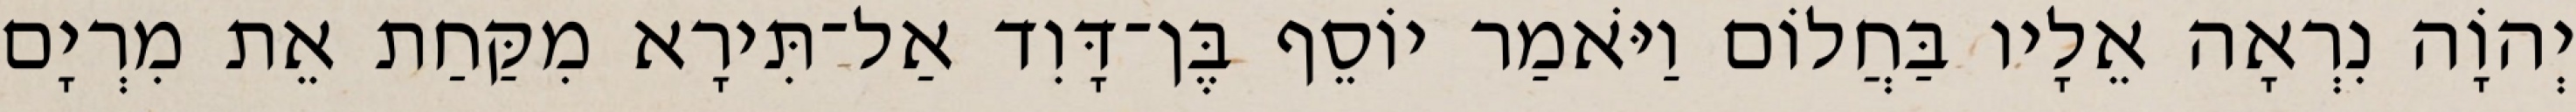
יְהוָֹה נִרְאָה אֵלָיו בַּחֲלוֹם וַיֹּאמַר יוֹסֵף בֶּן־דָּוִד אַל־תִּירָא מִקַּחַת אֵת מִרְיָם